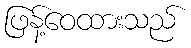
ဖြန့်ဝေထားသည်